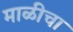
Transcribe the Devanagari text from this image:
माळीचा